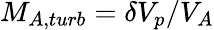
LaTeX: M_{A,turb}=\delta V_{p}/V_{A}